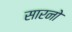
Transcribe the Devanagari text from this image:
सारनो